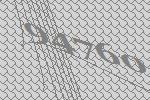
94760